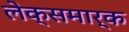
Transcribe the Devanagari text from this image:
लेक्समार्क